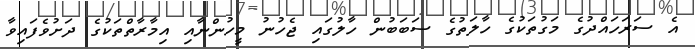
އެ ސަރަހައްދުގެ މަގުތަކުގެ ހާލަތުގެ ސަބަބުން ހާލުގައި ޖެހުނު މީހުންނާއި އިމާރާތްތަކުގެ ދަށުވެފައިވާ